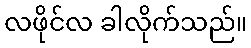
လဖိုင်လ ခါလိုက်သည်။